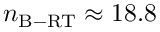
n _ { \mathrm { B - R T } } \approx 1 8 . 8